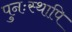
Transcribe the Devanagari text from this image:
पुनःस्थापि